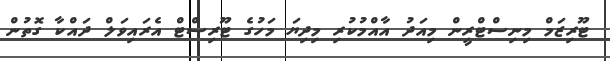
ޓޫރިޒަމް މިނިސްޓްރީން މިއަދު އާއްމުކުރި މިދިޔަ މަހުގެ ޓޫރިސްޓް އެރައިވަލް ދައްކާ ގޮތުން